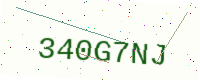
Text: 340G7NJ